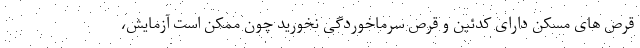
قرص های مسکن دارای کدئین و قرص سرماخوردگی نخورید چون ممکن است آزمایش،